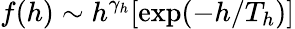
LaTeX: f(h)\sim h^{\gamma_{h}}[\mathrm{exp}(-h/T_{h})]